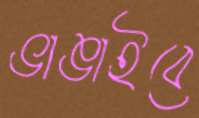
ভাঙাইবে